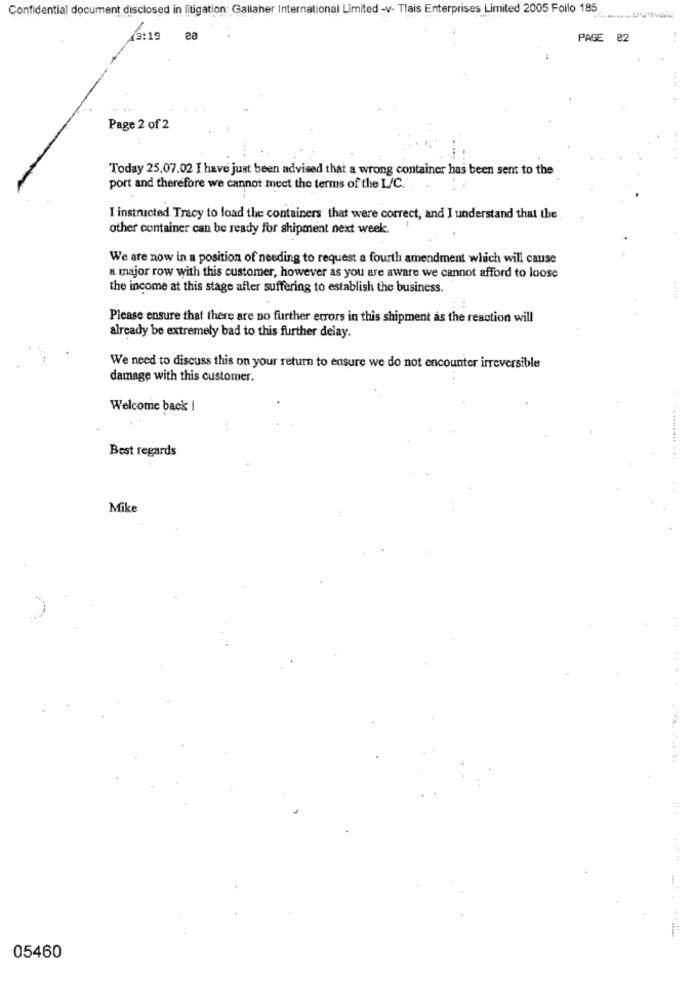
Confidential document disclosed in litigation: Gallaher International Limited -v- Tlais Enterprises Limited 2005 Follo 185
2:19
PAGE 02
Page 2 of 2
Today 25.07.02 I have just been advised that a wrong container has been sent to the
port and therefore we cannot meet the terms of the L/C.
I instructed Tracy to load the containers that were correct, and I understand that the
other container can be ready for shipment next week.
We are now in a position of needing to request a fourth amendment which will cause
a major row with this customer, however as you are aware we cannot afford to loose
the income at this stage after suffering to establish the business.
Please ensure that there are no further errors in this shipment as the reaction will
already be extremely bad to this further delay.
We need to discuss this on your return to ensure we do not encounter irreversible
damage with this customer.
Welcome back !
Best regards
Mike
05460